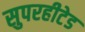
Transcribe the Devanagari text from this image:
सुपरहीटेड